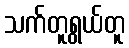
သက်တူရွယ်တူ